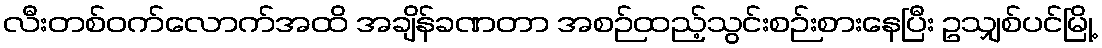
လီးတစ်ဝက်လောက်အထိ အချိန်ခဏတာ အစဉ်ထည့်သွင်းစဉ်းစားနေပြီး ဥသျှစ်ပင်မြို့